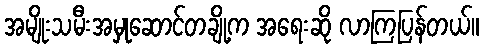
အမျိုးသမီးအမှုဆောင်တချို့က အရေးဆို လာကြပြန်တယ်။